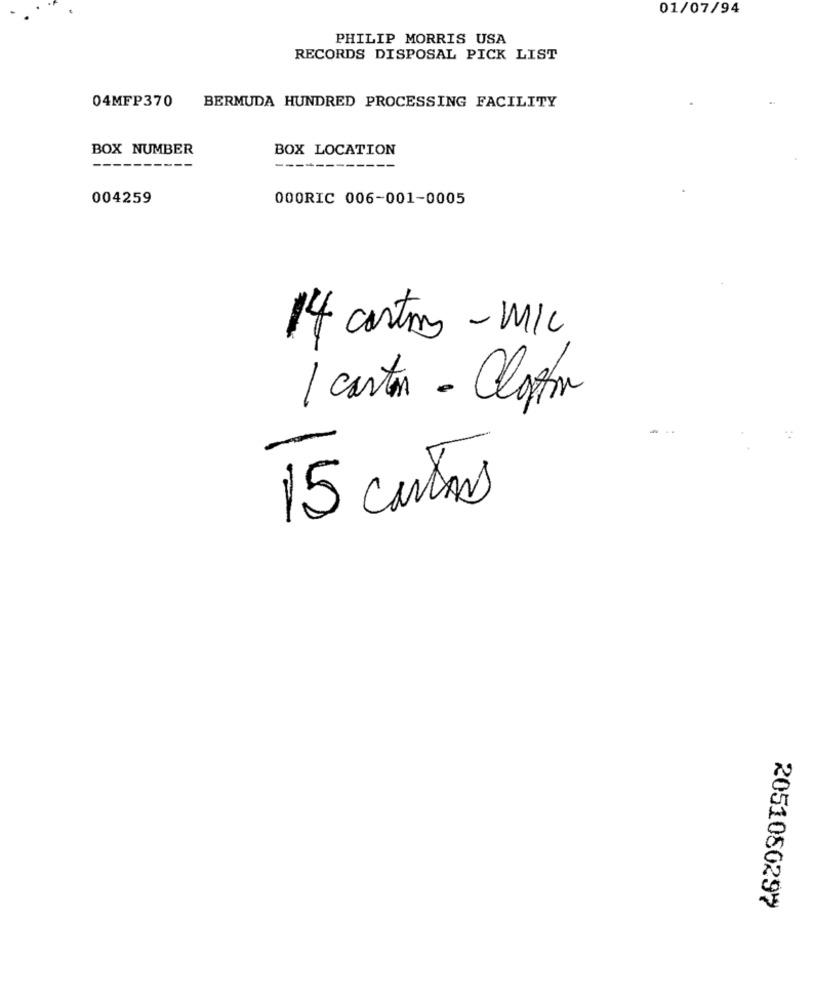
01/07/94
PHILIP MORRIS USA
RECORDS DISPOSAL PICK LIST
04MFP370
BERMUDA HUNDRED PROCESSING FACILITY
BOX NUMBER
BOX LOCATION
004259
000RIC 006-001-0005
14 cartons -MIC
1 carton - Clotin
15 cartas
2051080297